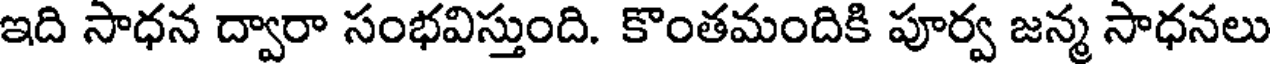
ఇది సాధన ద్వారా సంభవిస్తుంది. కొంతమందికి పూర్వ జన్మ సాధనలు